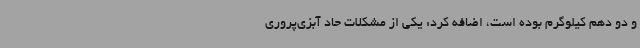
و دو دهم کیلوگرم بوده است، اضافه کرد: یکی از مشکلات حاد آبزی‌پروری